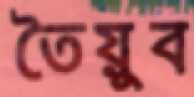
তৈয়ুব